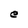
Character: e